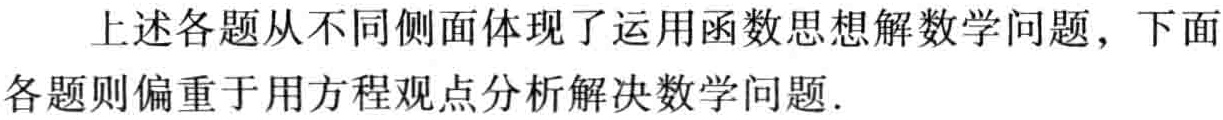
上述各题从不同侧面体现了运用函数思想解数学问题，下面
各题则偏重于用方程观点分析解决数学问题.